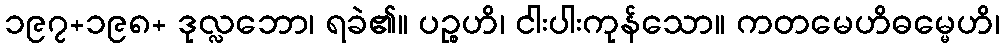
၁၉၇+၁၉၈+ ဒုလ္လဘော၊ ရခဲ၏။ ပဉ္စဟိ၊ ငါးပါးကုန်သော။ ကတမေဟိဓမ္မေဟိ၊